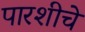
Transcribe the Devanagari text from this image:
पारशीचे